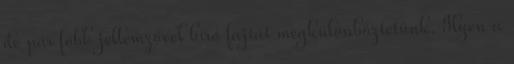
de pár főbb jellemzővel bíró fajtát megkülönböztetünk. Ilyen a